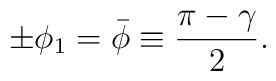
\pm \phi_1 = \bar{\phi} \equiv  {\pi-\gamma \over 2}.